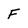
Character: F